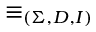
\equiv _ { ( \Sigma , D , I ) }